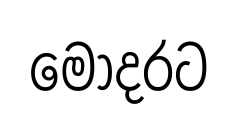
මෝදරට